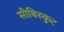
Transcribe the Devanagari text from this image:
सीबिस्कुट